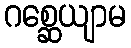
ဂစ္ဆေယျာမ